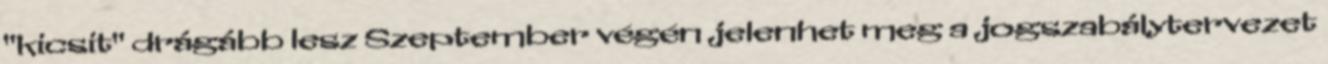
"kicsit" drágább lesz Szeptember végén jelenhet meg a jogszabálytervezet